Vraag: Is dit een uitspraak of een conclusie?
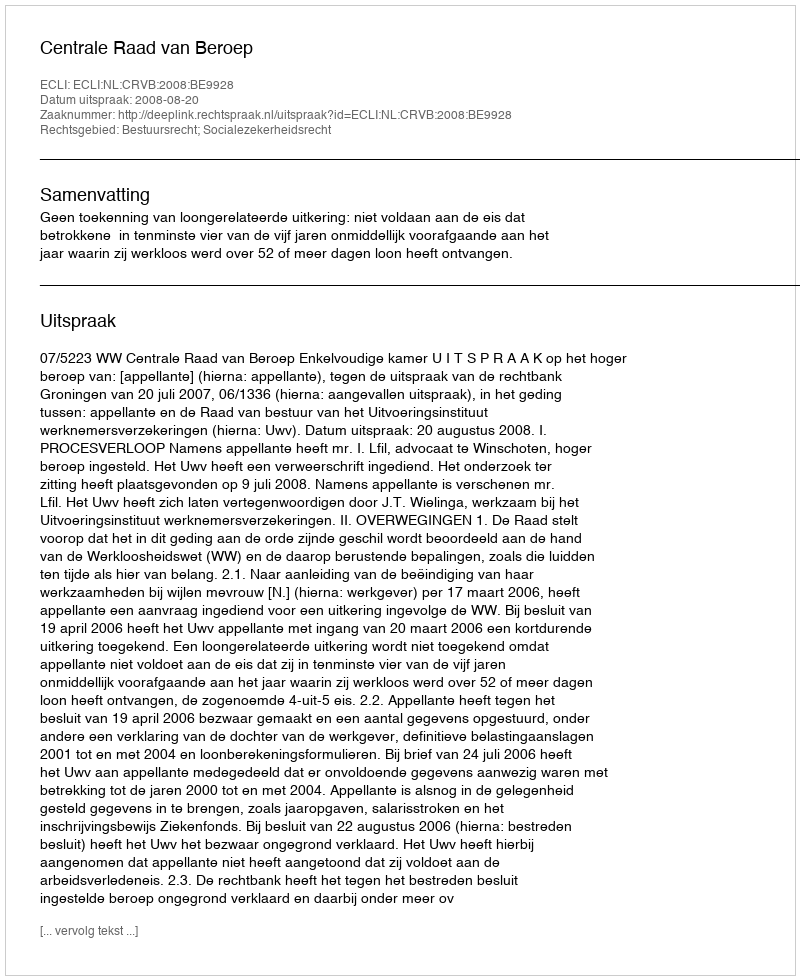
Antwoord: Uitspraak